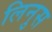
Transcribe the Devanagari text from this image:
लिनुस